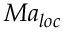
M { { a } _ { l o c } }